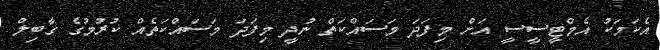
އެކަމަކު އެމްޓީސީސީ އަށް މިފަދަ މަސައްކަތް ނުދީ މިފަދަ މަސައްކަތެއް ކުރުމުގެ ގާބިލް